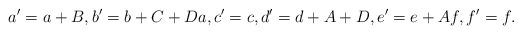
LaTeX: \begin{align*}a'=a+B,b'=b+C+Da, c'=c,d'=d+A+D,e'=e+Af,f'=f.\end{align*}